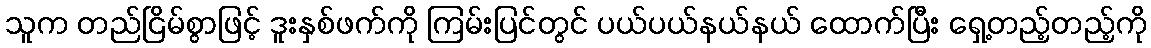
သူက တည်ငြိမ်စွာဖြင့် ဒူးနှစ်ဖက်ကို ကြမ်းပြင်တွင် ပယ်ပယ်နယ်နယ် ထောက်ပြီး ရှေ့တည့်တည့်ကို